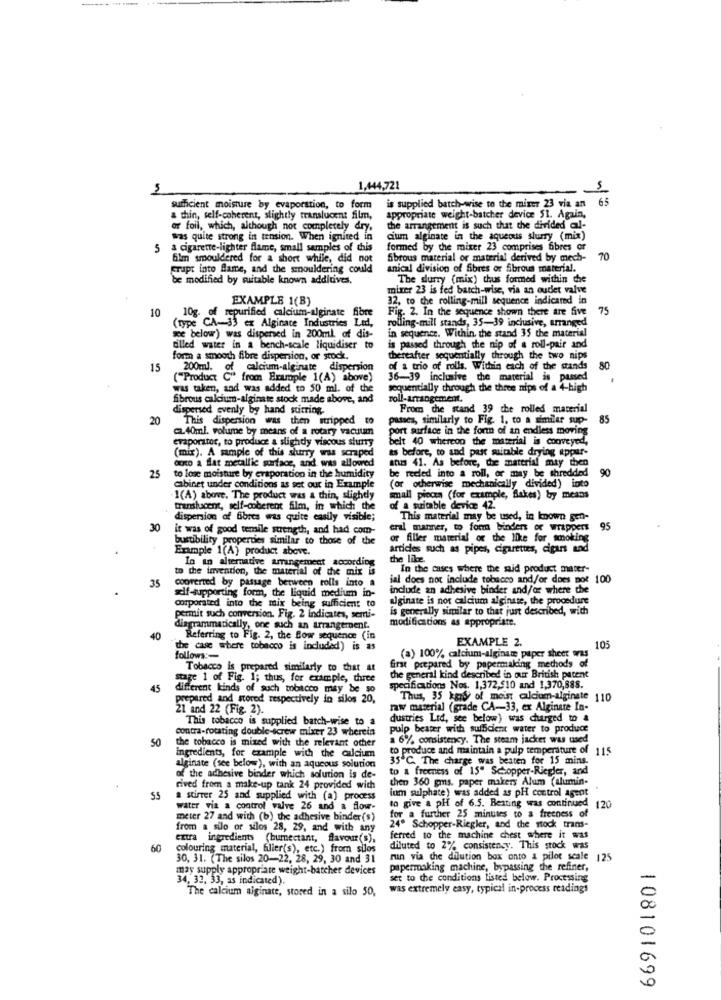
1,444,721
is supplied batch-wise to the mixer 23 via an
65
sufficient moisture by evaporation, to form
a thin, self-coherent, slightly translucent film,
appropriate weight-batcher device 51. Again,
or foil, which, although not completely dry,
the arrangement is such that the divided al-
was quite strong in tension. When ignited in
cium alginate in the aqueous slurry (min)
5
a cigarette-lighter flame, small samples of this
formed by the mixer 23 comprises fibres or
bim smouldered for a short while, did not
Sbrous material or material derived by mech-
70
Frupt into flame, and the smouldering could
anical division of fibres or fibrous material.
be modified by suitable known additives.
The surry (mix) thus formed within che
mixer 23 is fed batch-wise, via an outlet valve
EXAMPLE 1(B)
32. to the rolling-mill sequence indicated in
10
10g. of repurified calcium-alginate fibre
Fig. 2. In the sequence shown there are five
75
(type CA-33 ex Alginate Industries Led,
we below) was dispersed in 200ml of dis-
rolling-mill stands, 35-39 inclusive, arranged
in sequence. Within, the stand 35 the material
tilled water in a bench-scale liquidiser to
is passed through the nip of a roll-pair and
form a smooth fibre dispersion, or stock.
thereafter sequentially through the two nips
15
200ml.
of calcium-alginate dispersion
of a trio of rolls. Within each of the stands
80
("Product C" from Example 1(A) above)
36-39 inclusive the material is passed
was taken, and was added to 50 ml. of the
sequentially through the three nips of a 4-high
fibrous calcium-alginate stock made above, and
dispersed evenly by hand sutring.
From the stand 39 che rolled material
20
This dispersion was then stripped to
passes, similarly to Fig. 1. to a similar sup-
85
CL40ml. volume by means of a rotary vacuum
port surface in the form of an endless moving
evaporator, to produce a slightly viscous slurry
belt 40 whereon the material is conveyed,
ts before, to and past suitable drying appar-
(mix). A sample of this slurry was scraped
coco a flat metallic surface, and. was allowed
atus 41. As before, the material may then
be reeled into a roll, or may be shredded
25
to lose moisture by evaporation in the humidity
(or otherwise mechanically divided) into
90
cabinet under conditions as set out in Example
1(A) above. The product was a thin, slighdy
small pieces (for example, Sakes) by means
transhacent, self-coberent film, in which the
of a suitable device 42.
dispersion af fibres was quite easily visible;
This material may be used, in known gen-
30
it was of good temile strength, and had com-
eral marmer, to form binders or wrappers
95
bustibility properties similar to those of the
or filler material or the like for smoking
Enmple 1(A) product above.
articles such as pipes, cigarettes, cigars and
In an alternative arrangement according
the like
to the invention, the material of the mix is
In the cases where the said product mater-
coprerted by passage between rolls into a
ial does not include tobacco and/or does not 100
35
include an adhesive binder and/or where the
corporated into the mix being sufficient to
self-supporting form, the liquid medium in-
alginate is not calcium alginate, the procedure
is generally similar to that just described, with
permit such conversion. Fig. 2 indicates, semi-
modifications as appropriate.
disgrammatically, one such an arrangement.
40
Referring to Fig. 2, the Bow sequence (in
EXAMPLE 2.
the case where tobacco is included) is as
105
follows :-
(a) 100% calcium-alginate paper sheet was
Tobacco is prepared similarly to that at
first prepared by papermaking methods of
stage 1 of Fig. 1; thus, for example, thurce
the general kind described in our British pacent
45
different kinds of such tobacco may be so
specifications Nos. 1,372,510 and 1,370,888.
prepared and stored respectively in silos 20,
Thus, 35 kans of meist alcium-alginate 110
21 and 22 (Fig. 2).
raw material (grade CA-33, ex Alginate In-
This tobacco is supplied batch-wise to a
dustries Lid, see below) was charged to a
contra-rotating double-screw mixer 23 wherein
pulp beater with sufficient water to produce
50
the tobacco is mixed with the relevant other
1 6% consistency. The steam jacker was used
to produce and maintain a pulp temperature of 115
ingredients, for example with the calcium
35 ℃. The charge was beaten for 15 mins.
alginate (see below), with an aqueous solution
to a freeness of 15" Schopper-Riegler, and
of the adhesive binder which solution is de-
then 360 gms. paper makers Alum (alumin-
rived from a make-up tank 24 provided with
ium sulphate) was added as pH control agent
. .
55
a stirrer 25 and supplied with (a) process
water via a control valve 26 and a flow-
for a further 25 minutes to a freeness of
to give a pH of 6.5. Besting was continued 120
meter 27 and with (b) the adhesive binder(s)
from a silo or silos 28, 29, and with any
24º Schopper-Riegler, and the stock trans-
extra ingredients (humectant, flavour (S),
ferred to the machine chest where it was
60
colouring material, filier(s), etc.) from silos
diluted to 2% consistency. This stock was
30, 31. (The silos 20-22, 28, 29, 30 and 31
run via the dilution box onto a pilot scale 125
mas supply appropriate weight-batcher devices
papermaking machine, bypassing the refiner,
34, 33, 33, as indicated),
set to the conditions listed below. Processing
The calcium alginate, stored in a silo 50,
was extremely easy, typical in-process readings
108101699